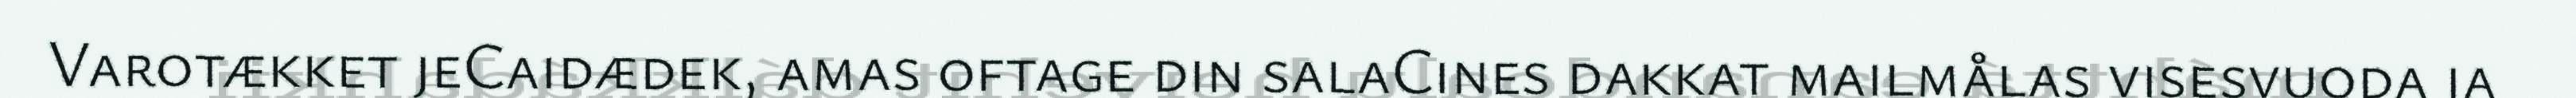
Varotækket jeCaidædek, amas oftage din salaCines dakkat mailmålas visesvuoda ja